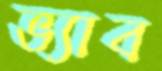
ভ্যাব